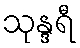
သုန္ဒရီ